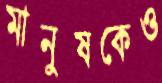
মানুষকেও